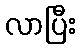
လာပြီး